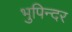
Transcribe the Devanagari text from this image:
भुपिन्दर